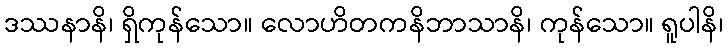
ဒဿနာနိ၊ ရှိကုန်သော။ လောဟိတကနိဘာသာနိ၊ ကုန်သော။ ရူပါနိ၊